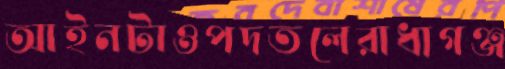
আইনটাওপদতলেরাধাগঞ্জ